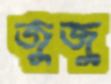
জুজু